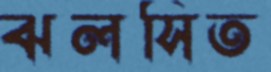
ঝলসিত